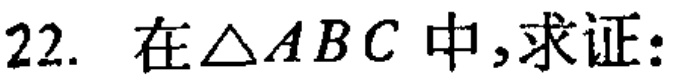
在$\triangle ABC$中,求证: